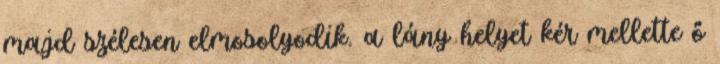
majd szélesen elmosolyodik. a lány helyet kér mellette ő